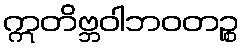
ဣတိဗ္ဘဝါဘဝတဉ္စ